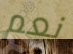
نعم